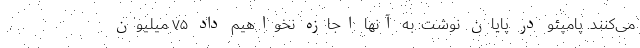
می‌کنند. پامپئو در پایان نوشت: به آنها اجازه نخواهیم داد ۷۵ میلیون